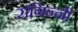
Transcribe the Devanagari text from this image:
रागिन्नी